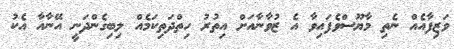
ވަޒިފާއެއް ނެތި މާޔޫސްވެފައިވާ އެ ޒުވާނާއަށް އިތުރު ހިތްދަތިކަމެއް ލިބިގެންދަނީ އޭނާއާ އެކު